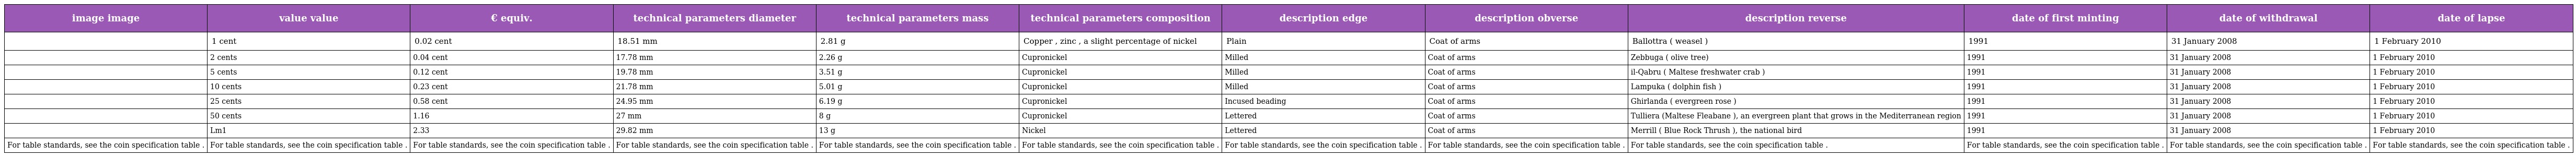
| image image | value value | € equiv. | technical parameters diameter | technical parameters mass | technical parameters composition | description edge | description obverse | description reverse | date of first minting | date of withdrawal | date of lapse |
 | --- | --- | --- | --- | --- | --- | --- | --- | --- | --- | --- | --- |
 |  | 1 cent | 0.02 cent | 18.51 mm | 2.81 g | Copper , zinc , a slight percentage of nickel | Plain | Coat of arms | Ballottra ( weasel ) | 1991 | 31 January 2008 | 1 February 2010 |
 |  | 2 cents | 0.04 cent | 17.78 mm | 2.26 g | Cupronickel | Milled | Coat of arms | Zebbuga ( olive tree) | 1991 | 31 January 2008 | 1 February 2010 |
 |  | 5 cents | 0.12 cent | 19.78 mm | 3.51 g | Cupronickel | Milled | Coat of arms | il-Qabru ( Maltese freshwater crab ) | 1991 | 31 January 2008 | 1 February 2010 |
 |  | 10 cents | 0.23 cent | 21.78 mm | 5.01 g | Cupronickel | Milled | Coat of arms | Lampuka ( dolphin fish ) | 1991 | 31 January 2008 | 1 February 2010 |
 |  | 25 cents | 0.58 cent | 24.95 mm | 6.19 g | Cupronickel | Incused beading | Coat of arms | Ghirlanda ( evergreen rose ) | 1991 | 31 January 2008 | 1 February 2010 |
 |  | 50 cents | 1.16 | 27 mm | 8 g | Cupronickel | Lettered | Coat of arms | Tulliera (Maltese Fleabane ), an evergreen plant that grows in the Mediterranean region | 1991 | 31 January 2008 | 1 February 2010 |
 |  | Lm1 | 2.33 | 29.82 mm | 13 g | Nickel | Lettered | Coat of arms | Merrill ( Blue Rock Thrush ), the national bird | 1991 | 31 January 2008 | 1 February 2010 |
 | For table standards, see the coin specification table . | For table standards, see the coin specification table . | For table standards, see the coin specification table . | For table standards, see the coin specification table . | For table standards, see the coin specification table . | For table standards, see the coin specification table . | For table standards, see the coin specification table . | For table standards, see the coin specification table . | For table standards, see the coin specification table . | For table standards, see the coin specification table . | For table standards, see the coin specification table . | For table standards, see the coin specification table . |